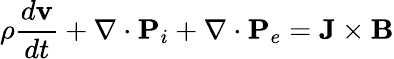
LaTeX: \rho\frac{d\mathbf{v}}{dt}+\nabla\cdot\mathbf{P}_{i}+\nabla\cdot\mathbf{P}_{e}=\mathbf{J}\times\mathbf{B}